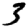
Digit: 3